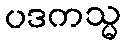
ပဒကသ္မ